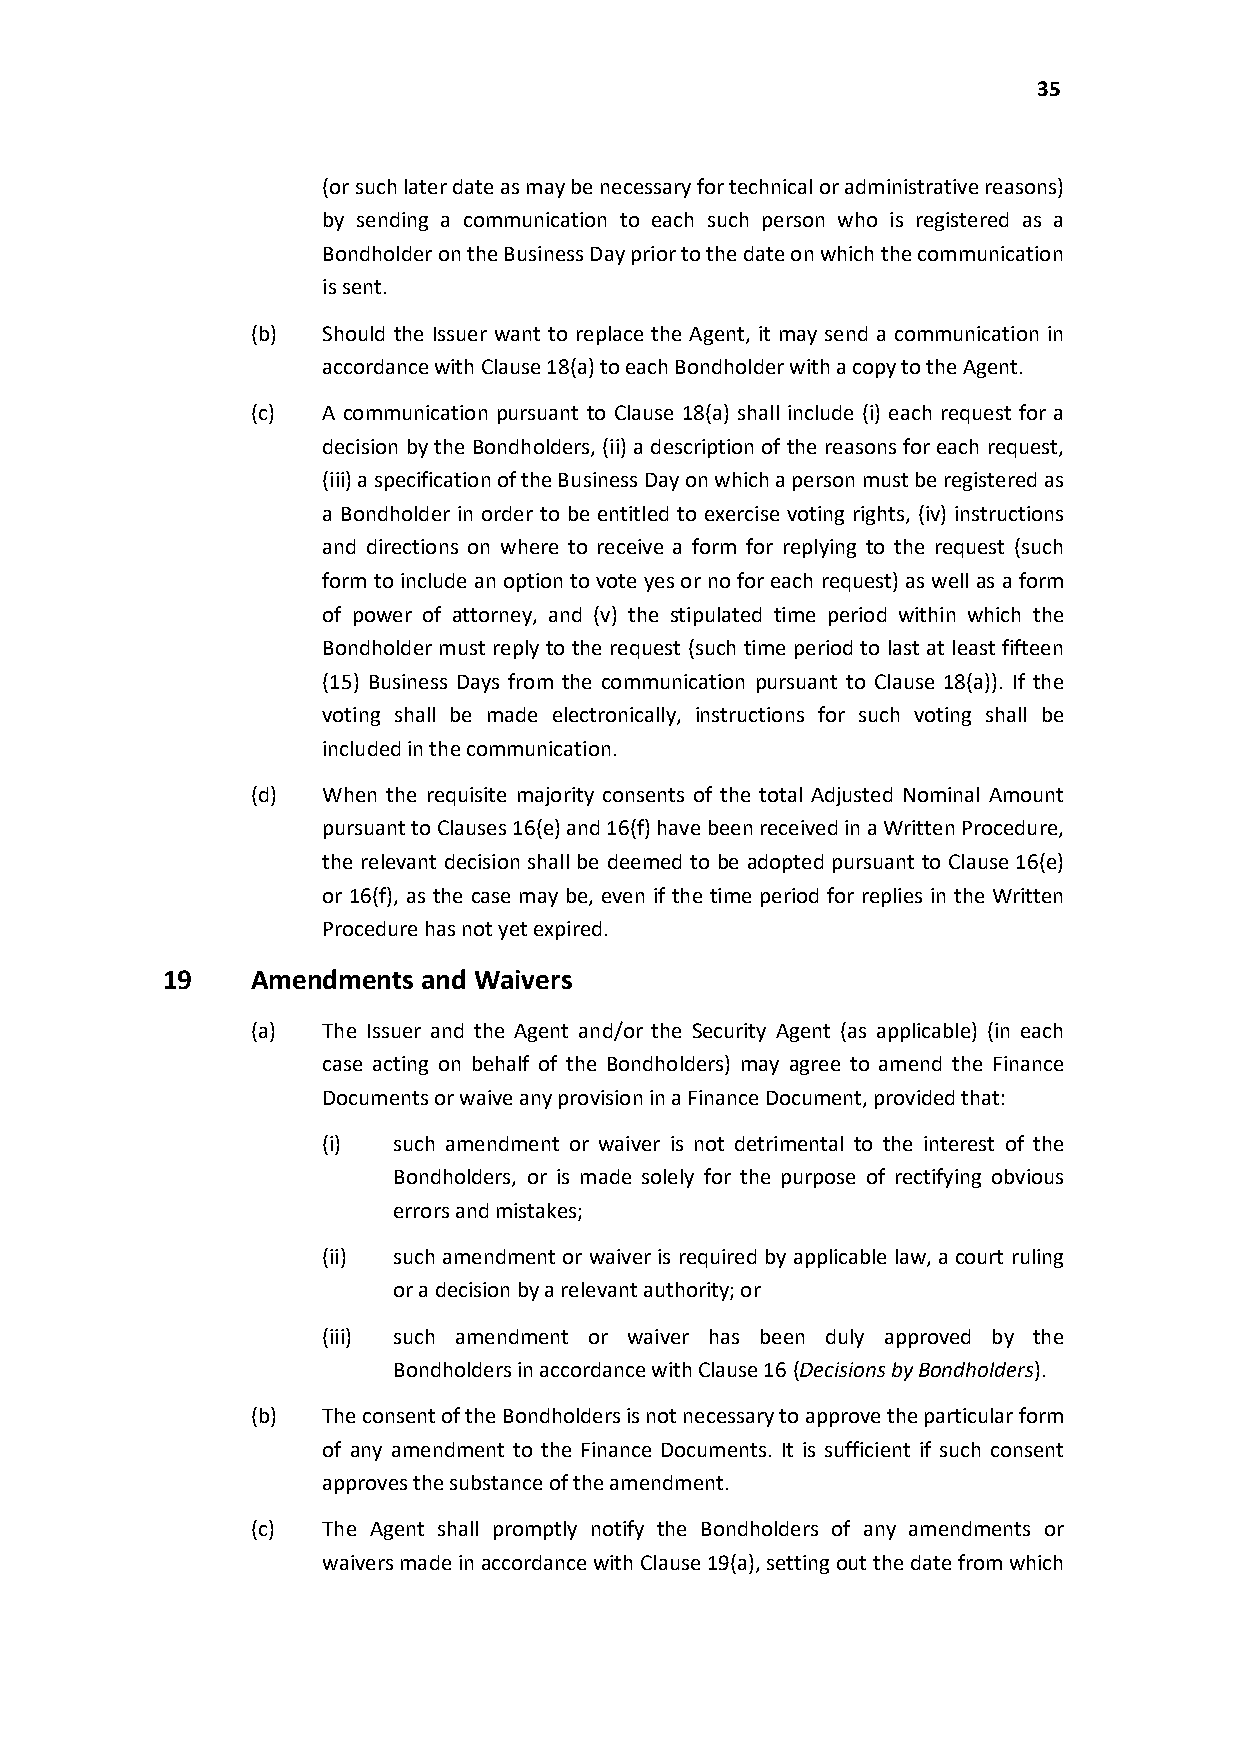
35
 (or such later date as may be necessary for technical or administrative reasons)
 by sending a communication to each such person who is registered as a
 Bondholder on the Business Day prior to the date on which the communication
 is sent.
 (b) Should the Issuer want to replace the Agent, it may send a communication in
 accordance with Clause 18(a) to each Bondholder with a copy to the Agent.
 (c) A communication pursuant to Clause 18(a) shall include (i) each request for a
 decision by the Bondholders, (ii) a description of the reasons for each request,
 (iii) a specification of the Business Day on which a person must be registered as
 a Bondholder in order to be entitled to exercise voting rights, (iv) instructions
 and directions on where to receive a form for replying to the request (such
 form to include an option to vote yes or no for each request) as well as a form
 of power of attorney, and (v) the stipulated time period within which the
 Bondholder must reply to the request (such time period to last at least fifteen
 (15) Business Days from the communication pursuant to Clause 18(a)). If the
 voting shall be made electronically, instructions for such voting shall be
 included in the communication.
 (d) When the requisite majority consents of the total Adjusted Nominal Amount
 pursuant to Clauses 16(e) and 16(f) have been received in a Written Procedure,
 the relevant decision shall be deemed to be adopted pursuant to Clause 16(e)
 or 16(f), as the case may be, even if the time period for replies in the Written
 Procedure has not yet expired.
 19    Amendments and Waivers
 (a) The Issuer and the Agent and/or the Security Agent (as applicable) (in each
 case acting on behalf of the Bondholders) may agree to amend the Finance
 Documents or waive any provision in a Finance Document, provided that:
 (i)  such amendment or waiver is not detrimental to the interest of the
 Bondholders, or is made solely for the purpose of rectifying obvious
 errors and mistakes;
 (ii) such amendment or waiver is required by applicable law, a court ruling
 or a decision by a relevant authority; or
 (iii) such amendment or waiver has been duly approved by the
 Bondholders in accordance with Clause 16(Decisions by Bondholders).
 (b) The consent of the Bondholders is not necessary to approve the particular form
 of any amendment to the Finance Documents. It is sufficient if such consent
 approves the substance of the amendment.
 (c) The Agent shall promptly notify the Bondholders of any amendments or
 waivers made in accordance with Clause 19(a), setting out the date from which